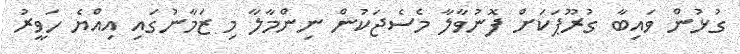
ގުޅުން ވައިބާ ގުރޫޕަކަށް ފޮނުވާލާ މެސެޖަކުން ނިންމާލާ މި ޒަމާނުގައި އިއްޔެ ހަވީރު